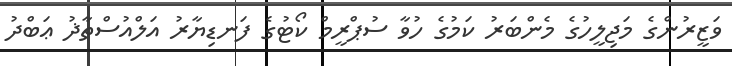
ވަޒީރުންގެ މަޖިލީހުގެ މެންބަރު ކަމުގެ ހުވާ ސުޕްރީމް ކޯޓުގެ ފަނޑިޔާރު އަލްއުސްތާޛު ޢަބްދު